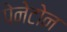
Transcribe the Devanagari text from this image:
पेनेटोन